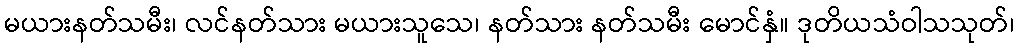
မယားနတ်သမီး၊ လင်နတ်သား မယားသူသေ၊ နတ်သား နတ်သမီး မောင်နှံ။ ဒုတိယသံဝါသသုတ်၊